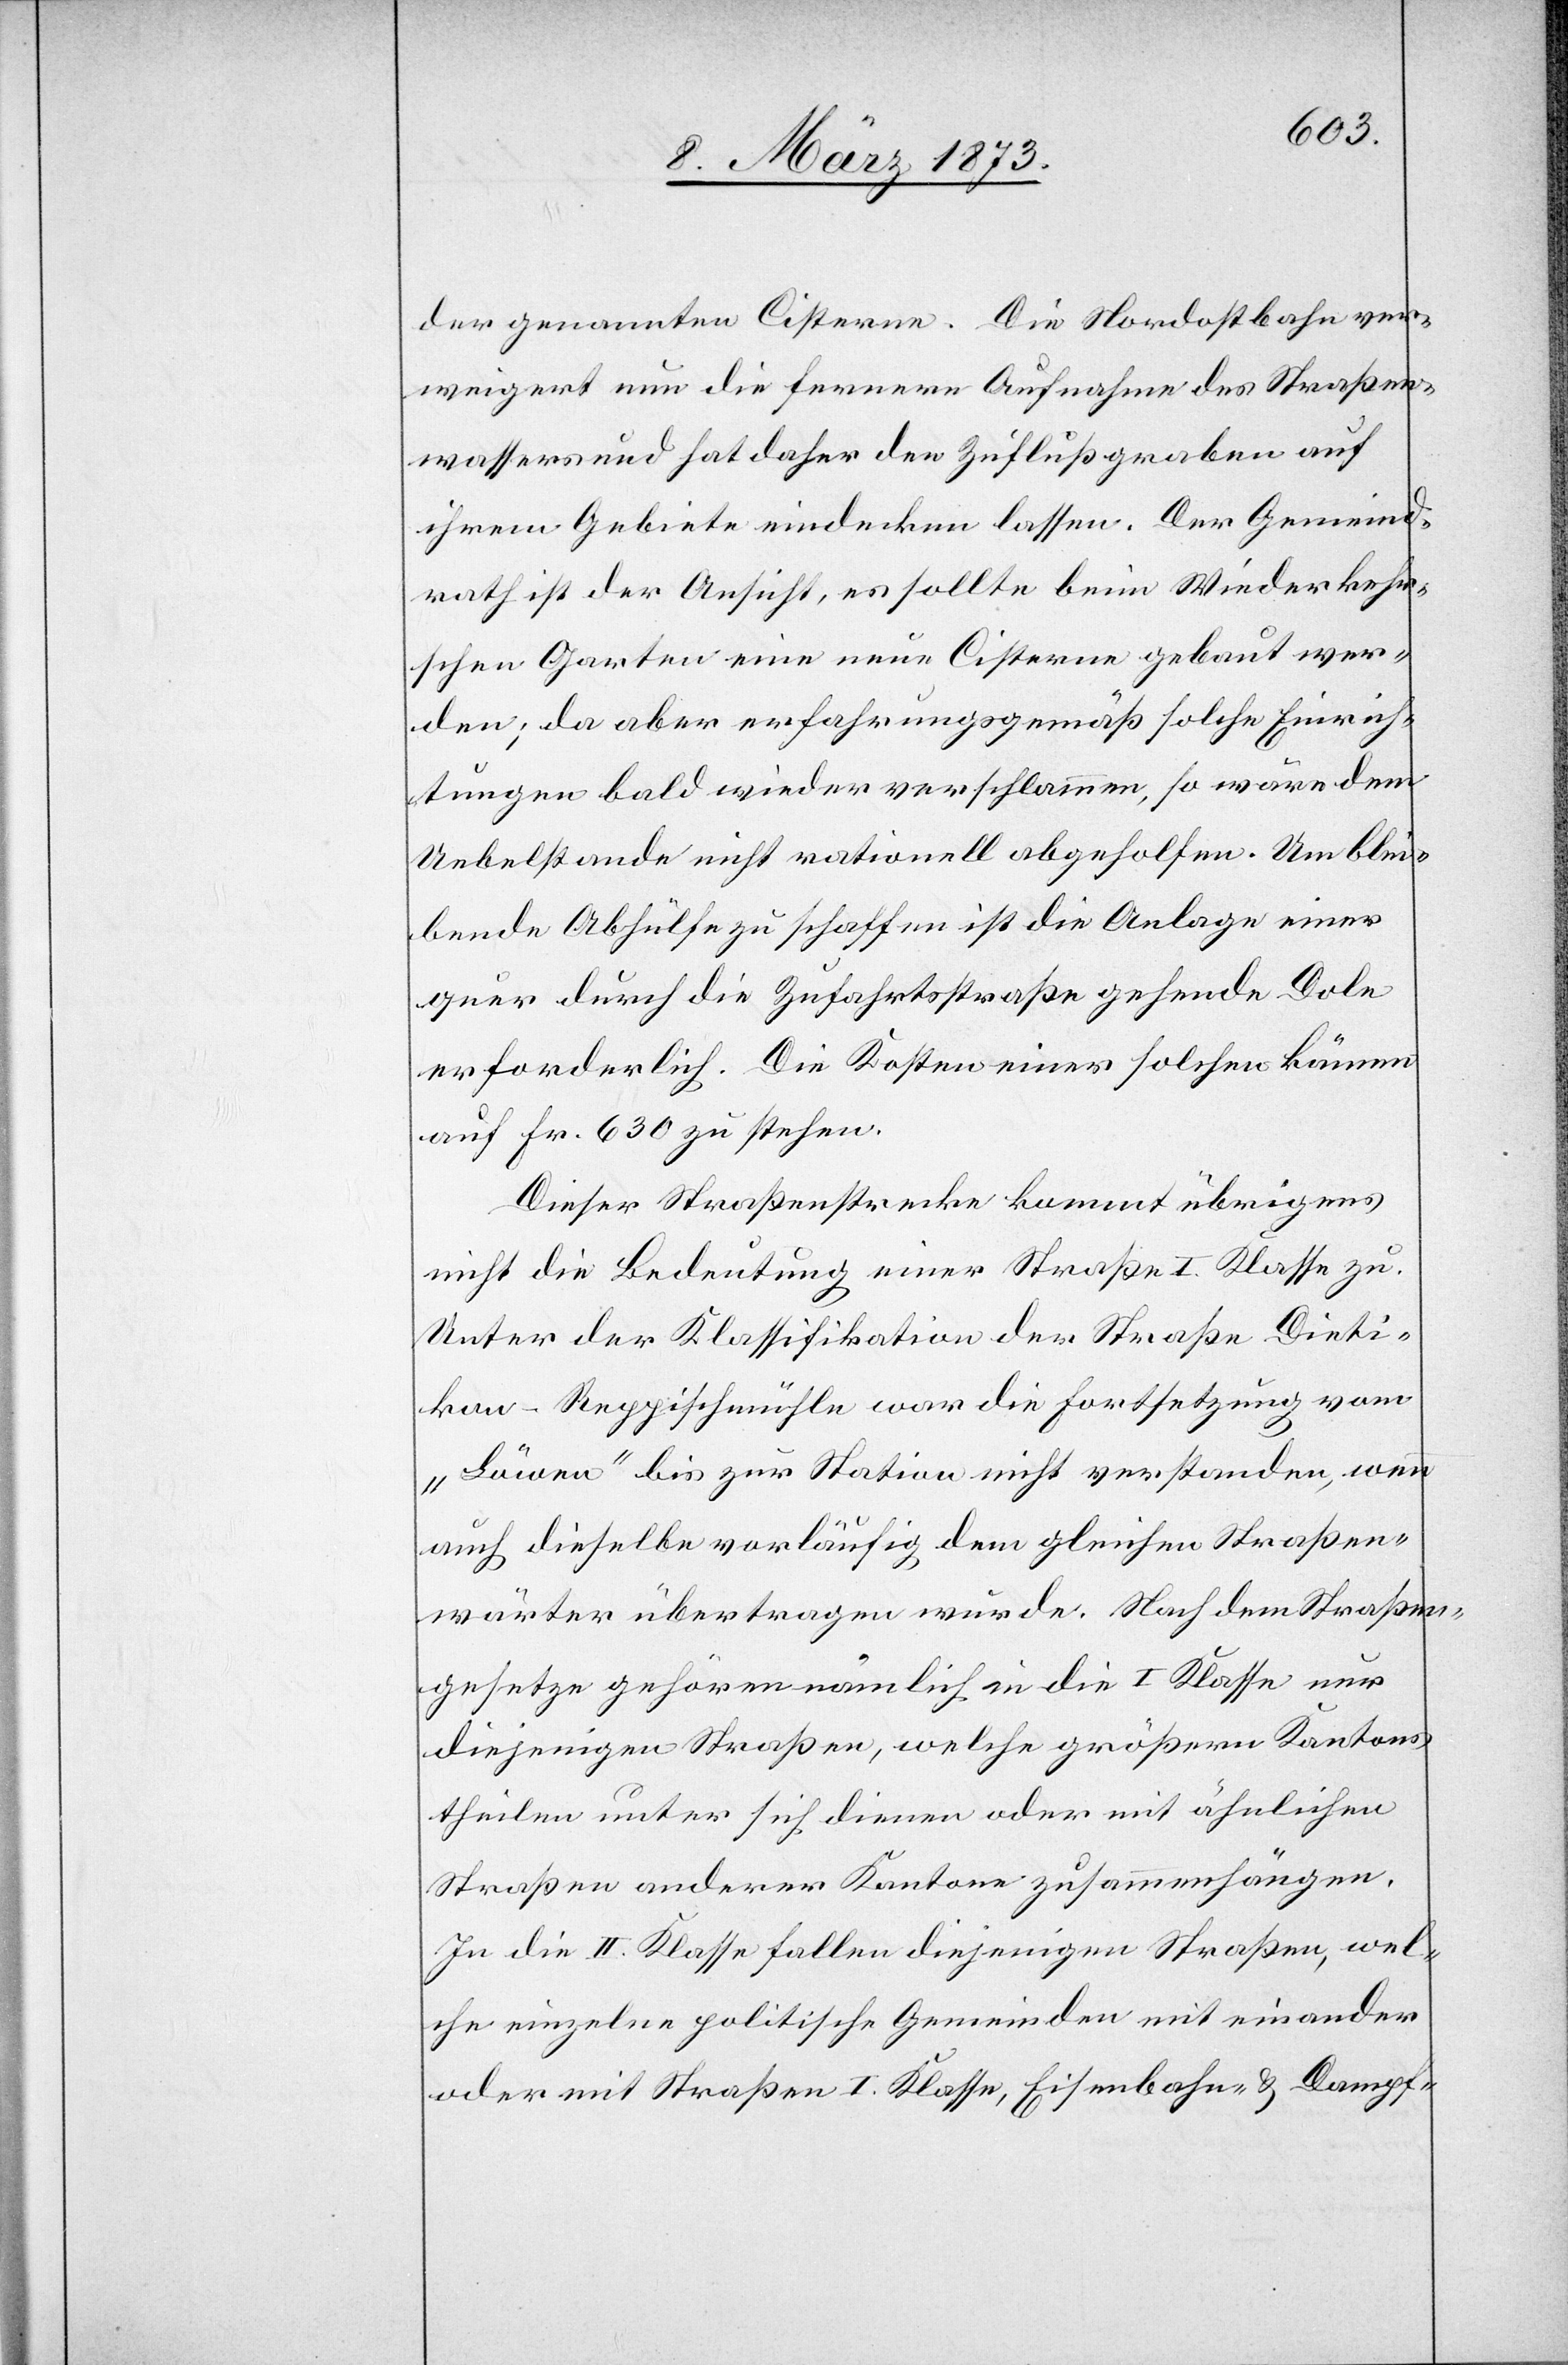
der genannten Cisterne. Die Nordostbahn ver¬
weigert nun die fernere Aufnahme des Straßen¬
wassers und hat daher den Zuflußgraben auf
ihrem Gebiete eindecken lassen. Der Gemeind¬
rath ist der Ansicht, es sollte beim Wiederkehr¬
schen Garten eine neue Cisterne gebaut wer¬
den; da aber erfahrungsgemäß solche Einrich¬
tungen bald wieder verschlammen, so wäre dem
Uebelstande nicht rationell abgeholfen. Um blei¬
bende Abhülfe zu schaffen ist die Anlage einer
quer durch die Zufahrtsstraße gehende Dole
erforderlich. Die Kosten einer solchen kämen
auf Fr. 630 zu stehen.
Dieser Straßenstrecke kommt übrigens
nicht die Bedeutung einer Straße I. Klasse zu.
Unter der Klassifikation der Straße Dieti¬
kon–Reppischmühle war die Fortsetzung vom
„Löwen“ bis zur Station nicht verstanden, wenn
auch dieselbe vorläufig dem gleichen Straßen¬
wärter übertragen wurde. Nach dem Straßen¬
gesetze gehören nämlich in die I Klasse nur
diejenigen Straßen, welche größern Kantons¬
theilen unter sich dienen oder mit ähnlichen
Straßen anderer Kantone zusammenhängen.
In die II. Klasse fallen diejenigen Straßen, wel¬
che einzelne politische Gemeinden mit einander
oder mit Straßen I. Klasse, Eisenbahn- u. Dampf-